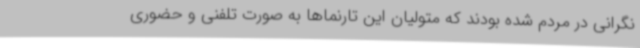
نگرانی در مردم شده بودند که متولیان این تارنماها به صورت تلفنی و حضوری